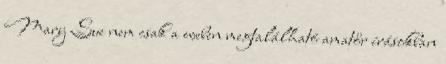
Mary Sue nem csak a weben megtalálható amatőr írásokban